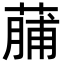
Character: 䔕